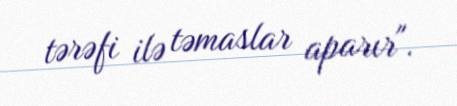
tərəfi ilə təmaslar aparır".